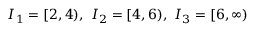
I _ { 1 } = [ 2 \AA , 4 \AA ) , ~ I _ { 2 } = [ 4 \AA , 6 \AA ) , ~ I _ { 3 } = [ 6 \AA , \infty )